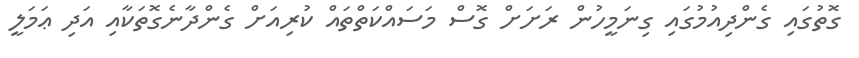
ގޮތުގައި ގެންދިއުމުގައި ގިނަމީހުން ރަށަށް ގޮސް މަސައްކަތްތައް ކުރިއަށް ގެންދާނެގޮތަކާއި އަދި ޢަމަލީ